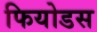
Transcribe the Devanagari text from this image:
फियोडस